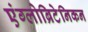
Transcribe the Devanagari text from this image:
एंग्लोब्रिटेनिकन